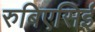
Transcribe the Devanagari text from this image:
रुबिएसिई